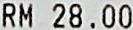
RM 28.00